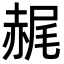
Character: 䞔